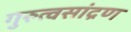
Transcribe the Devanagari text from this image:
गुरुत्वसांद्रण